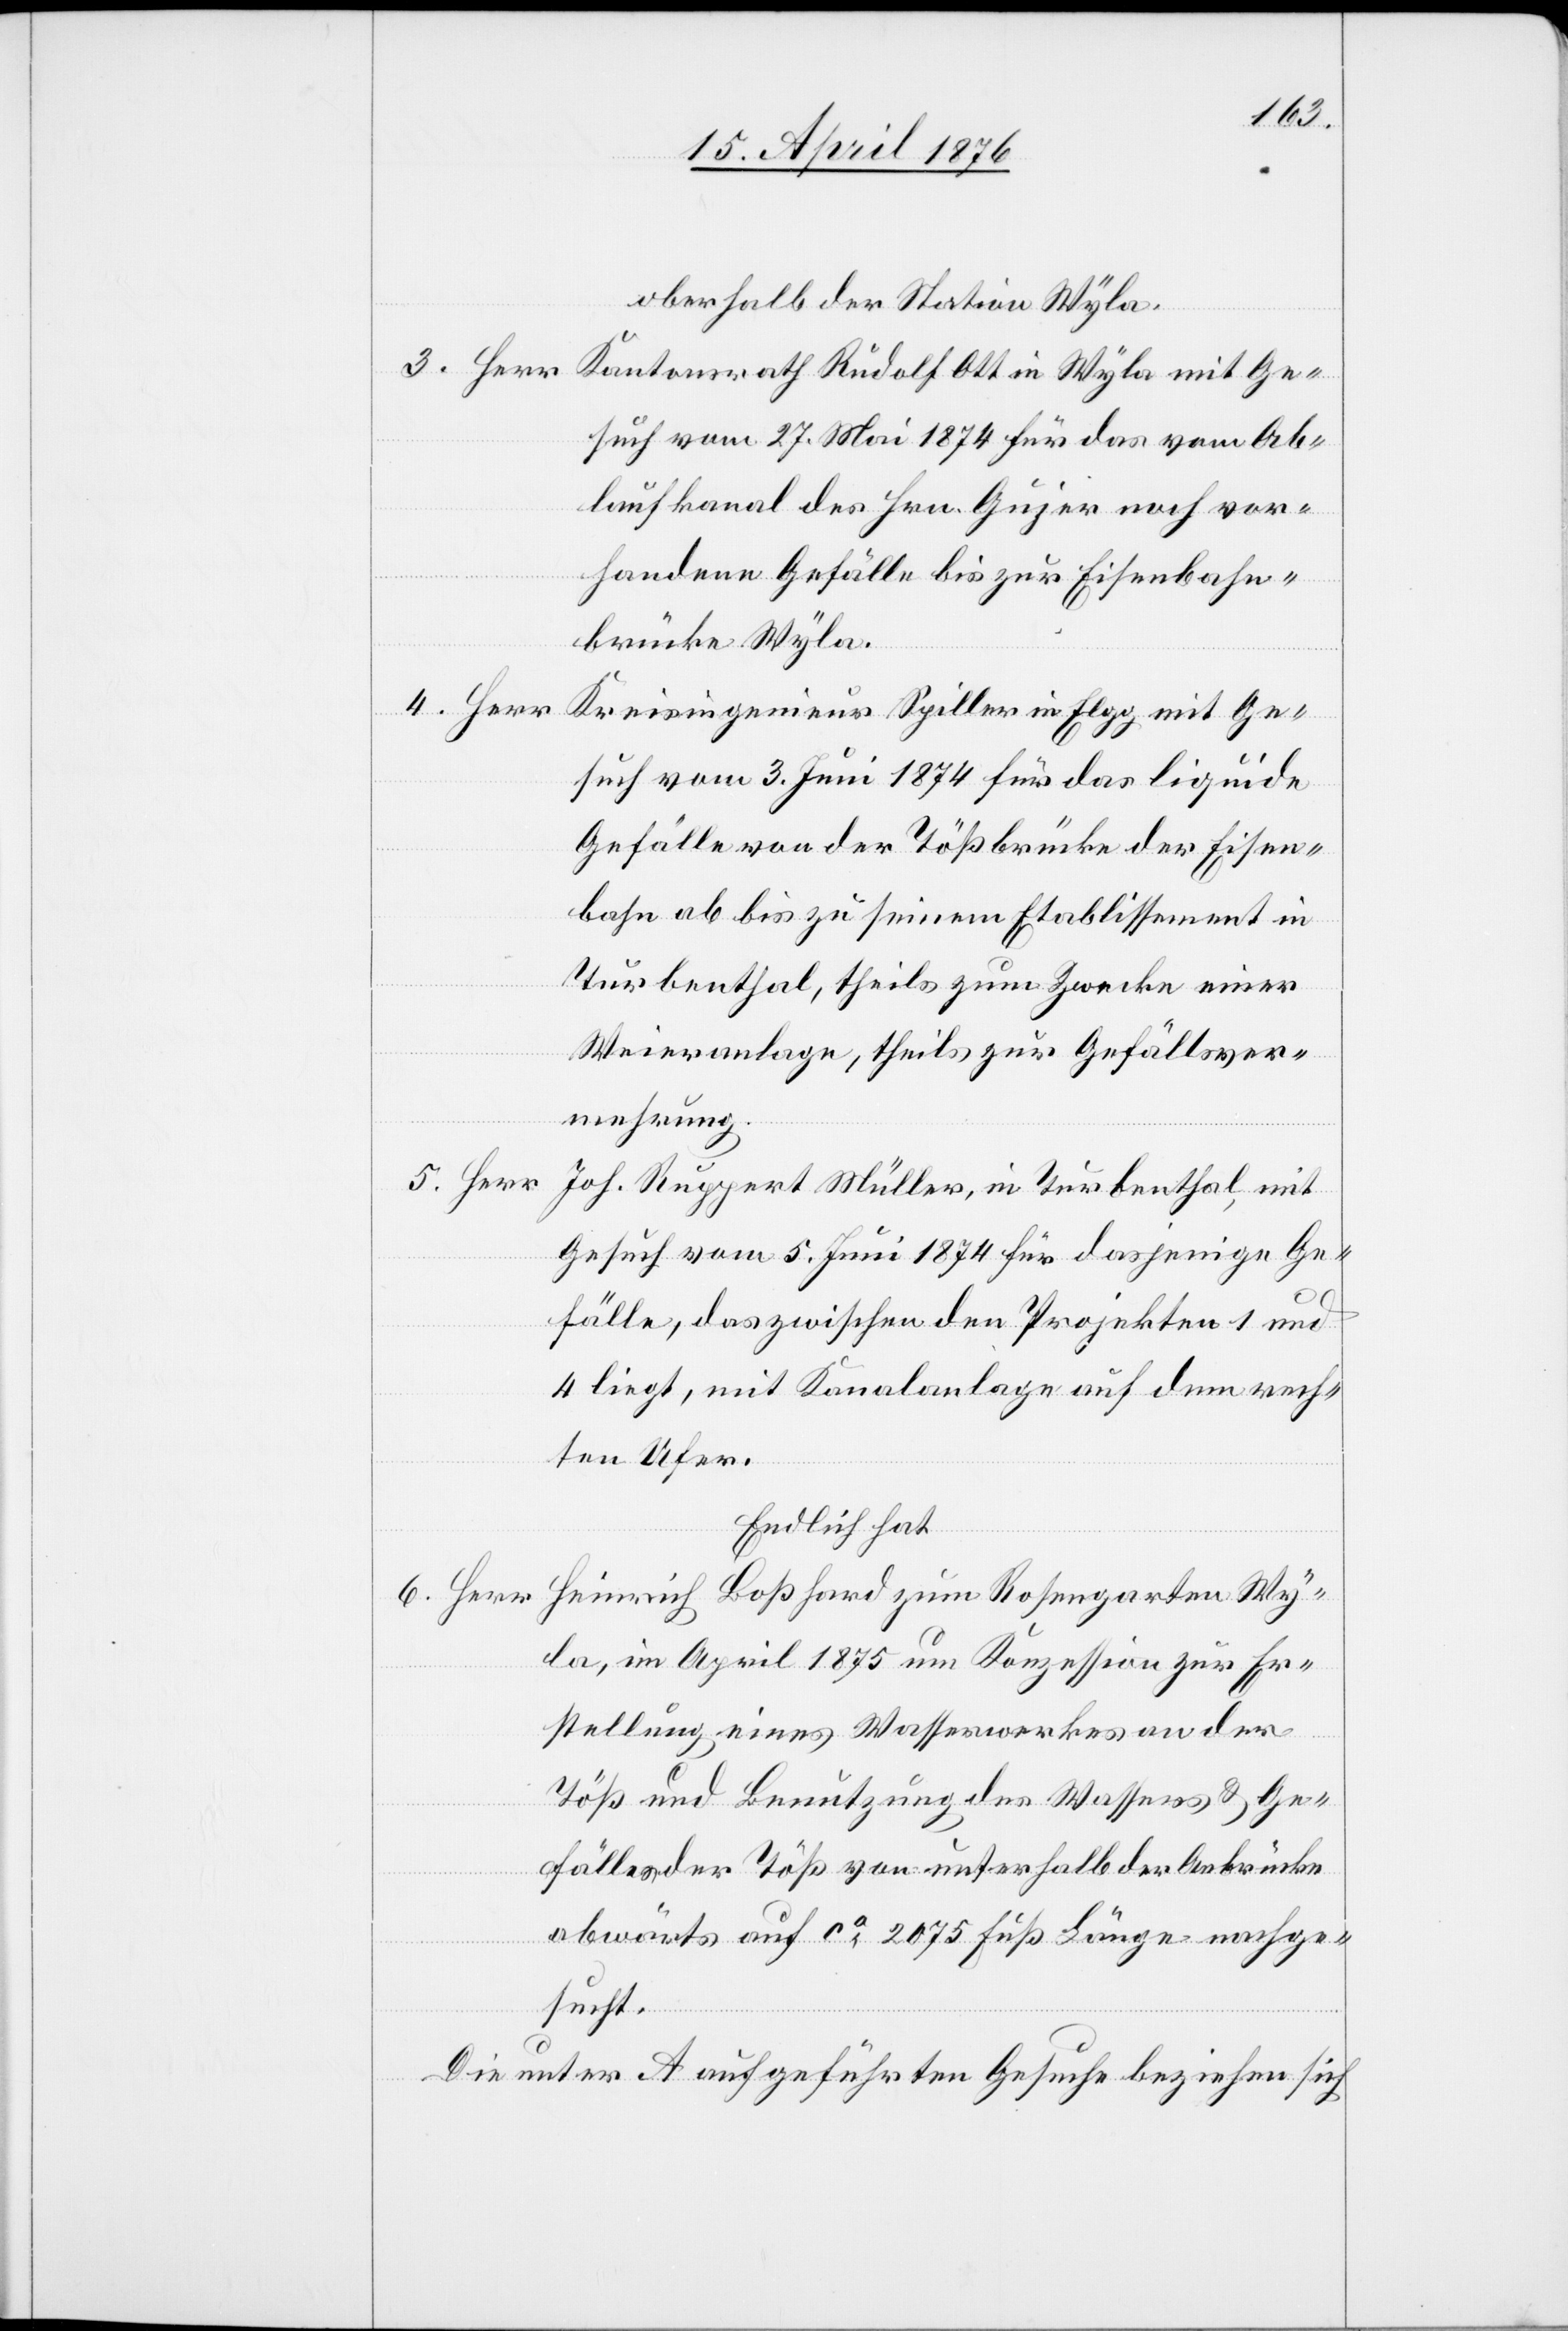
oberhalb der Station Wyla.
Gesuch vom 27. Mai 1874 für das vom Ab¬
laufkanal des Hrn. Gujer noch vor¬
handene Gefälle bis zur Eisenbahn¬
brücke Wyla.
Kreisingenieur Spiller in Elgg mit Ge¬
such vom 3. Juni 1874 für das liquide
Gefälle von der Tößbrücke der Eisen¬
bahn ab bis zu seinem Etablissement in
Turbenthal, theils zum Zwecke einer
Weieranlage, theils zur Gefällsver¬
mehrung.
Joh. Ruppert Müller, in Turbenthal mit
Gesuch vom 5. Juni 1874 für dasjenige Ge¬
fälle, das zwischen den Projekten 1 und
4 liegt, mit Kanalanlage auf dem rech¬
ten Ufer.
Heinrich Boßhard zum Rosengarten Wy¬
la, im April 1875 um Konzession zur Er¬
stellung eines Wasserwerkes an der
6.
Töß und Benutzung des Wassers & Ge¬
fälles der Töß von unterhalb der Aubrücke
abwärts auf ca 2075 Fuß Länge nachge¬
sucht.
Die unter A aufgeführten Gesuche beziehen sich